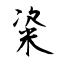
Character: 粢